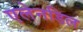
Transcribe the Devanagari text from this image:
एलेनडिल